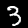
Label: 3